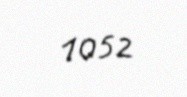
1052